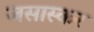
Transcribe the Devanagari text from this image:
जसास्कर